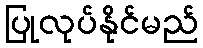
ပြုလုပ်နိုင်မည်